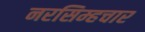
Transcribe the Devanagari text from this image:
नरसिम्हचार